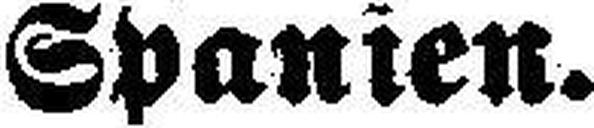
Spanien.